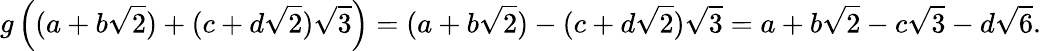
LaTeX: g\left((a+b{\sqrt{2}})+(c+d{\sqrt{2}}){\sqrt{3}}\right)=(a+b{\sqrt{2}})-(c+d{\sqrt{2}}){\sqrt{3}}=a+b{\sqrt{2}}-c{\sqrt{3}}-d{\sqrt{6}}.